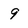
Character: 9